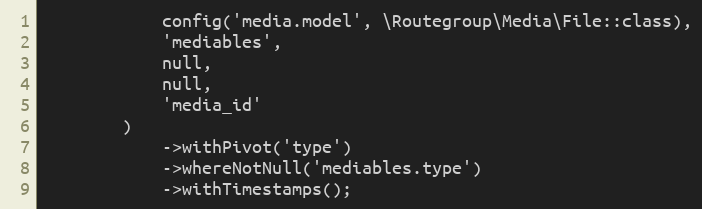
Language: PHP
            config('media.model', \Routegroup\Media\File::class),
            'mediables',
            null,
            null,
            'media_id'
        )
            ->withPivot('type')
            ->whereNotNull('mediables.type')
            ->withTimestamps();